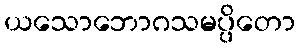
ယသောဘောဂသမပ္ပိတော